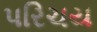
પરિચય